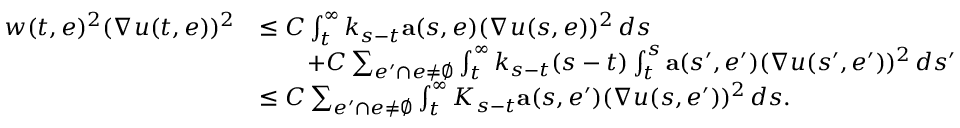
\begin{array} { r l } { w ( t , e ) ^ { 2 } ( \nabla u ( t , e ) ) ^ { 2 } } & { \leq C \int _ { t } ^ { \infty } k _ { s - t } \mathbf { a } ( s , e ) ( \nabla u ( s , e ) ) ^ { 2 } \, d s } \\ & { \qquad + C \sum _ { e ^ { \prime } \cap e \neq \emptyset } \int _ { t } ^ { \infty } k _ { s - t } ( s - t ) \int _ { t } ^ { s } \mathbf { a } ( s ^ { \prime } , e ^ { \prime } ) ( \nabla u ( s ^ { \prime } , e ^ { \prime } ) ) ^ { 2 } \, d s ^ { \prime } } \\ & { \leq C \sum _ { e ^ { \prime } \cap e \neq \emptyset } \int _ { t } ^ { \infty } K _ { s - t } \mathbf { a } ( s , e ^ { \prime } ) ( \nabla u ( s , e ^ { \prime } ) ) ^ { 2 } \, d s . } \end{array}